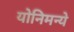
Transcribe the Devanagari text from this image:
योनिमन्ये